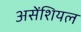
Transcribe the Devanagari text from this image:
असेंशियल